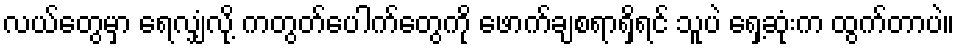
လယ်တွေမှာ ရေလျှံလို့ ကတွတ်ပေါက်တွေကို ဖောက်ချစရာရှိရင် သူပဲ ရှေ့ဆုံးက ထွက်တာပဲ။